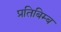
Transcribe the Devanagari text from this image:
प्रतिबिम्‍ब